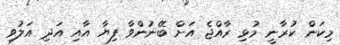
މިކަން ކުރާނީ މުޅި ރާއްޖެ އަށް ބޭނުންވާ ފިޔާ އާއި އަދި އަލުވި